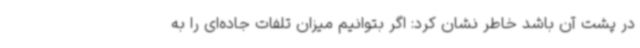
در پشت آن باشد خاطر نشان کرد: اگر بتوانیم میزان تلفات جاده‌ای را به